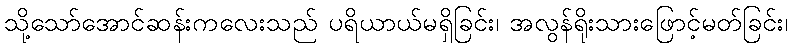
သို့သော်အောင်ဆန်းကလေးသည် ပရိယာယ်မရှိခြင်း၊ အလွန်ရိုးသားဖြောင့်မတ်ခြင်း၊